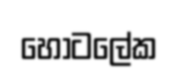
හෝටලේක